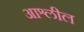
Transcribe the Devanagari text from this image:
आश्लील